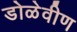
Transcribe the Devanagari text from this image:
डोळेवीण